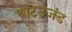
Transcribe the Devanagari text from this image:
थाटउजंड